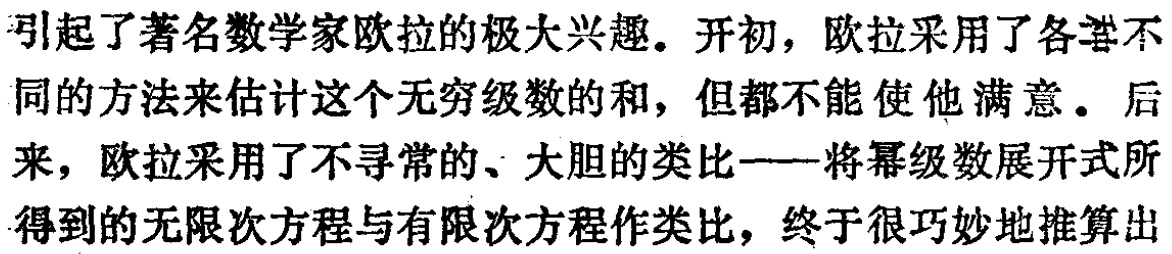
这是等差数列通项公式的另一种形式，反映了 \(a_{n}\) 与 \(S_{2n - 1}\) 的内在联系，结构简单，和谐对称，记忆方便，对于求解涉及等差数列的一类 “信息迁移题” 有其独特功效.